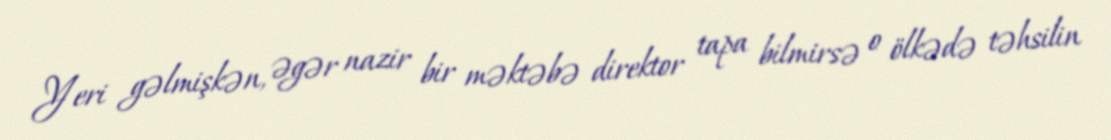
Yeri gəlmişkən, əgər nazir bir məktəbə direktor tapa bilmirsə o ölkədə təhsilin